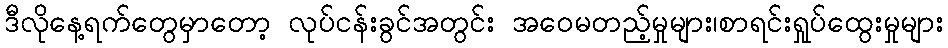
ဒီလိုနေ့ရက်တွေမှာတော့ လုပ်ငန်းခွင်အတွင်း အဝေမတည့်မှုများ၊စာရင်းရှုပ်ထွေးမှုများ